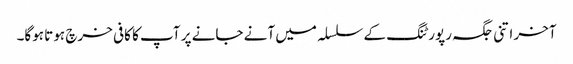
آخر اتنی جگہ رپورٹنگ کے سلسلہ میں آنے جانے پر آپ کا کافی خرچ ہوتا ہوگا۔